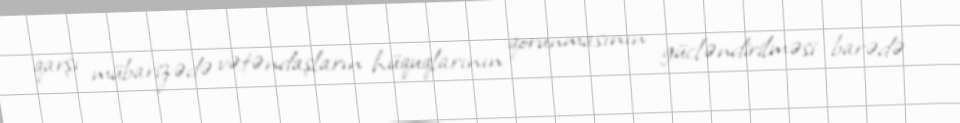
qarşı mübarizədə vətəndaşların hüquqlarının qorunmasının gücləndirilməsi barədə